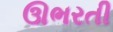
ઊભરતી